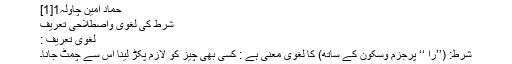
حماد امین چاؤلہ1[1]
شرط کی لغوی واصطلاحی تعریف
لغوی تعریف :
شرط: (’’را ‘‘ پرجزم وسکون کے ساتھ) کا لغوی معنی ہے : کسی بھی چیز کو لازم پکڑ لینا اس سے چمٹ جانا۔